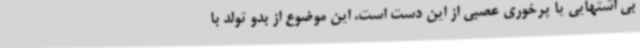
بی اشتهایی یا پرخوری عصبی از این دست است. این موضوع از بدو تولد با